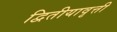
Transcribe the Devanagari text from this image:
द्वितीयावृत्ती